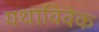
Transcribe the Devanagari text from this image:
यथाविवेक